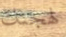
لهجتك